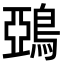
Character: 鵶